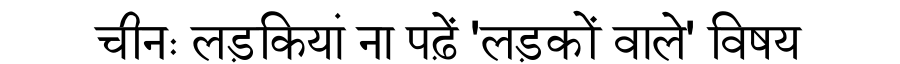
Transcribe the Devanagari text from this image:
चीनः लड़कियां ना पढ़ें 'लड़कों वाले' विषय